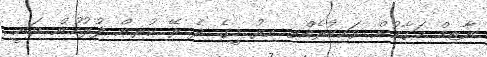
ނާޒިމް މަގާމުން ވަކިކުރެއްވި އިރު މީގެ ދެ ރޭ ކުރިން ފުލުހުން ވަނީ